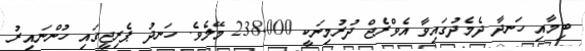
ބިމާއި ހަނދާ ދެމެދުގައިވާ އެވްރެޖް ދުރުމިނަކީ 238